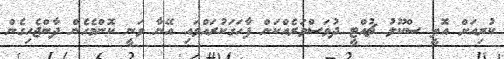
ކުރިއަށް އޮތީ ސްކޫލު ޗުއްޓީ ދުވަސްވަރެއްކަން ފާހަގަކުރައްވައި އޭނާ ވަނީ ކޮންމެހެން ދާންޖެހިގެން